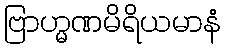
ဗြာဟ္မဏမိရိယမာနံ